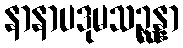
နာနာပဒုမသဉ္ဆန္နာ